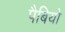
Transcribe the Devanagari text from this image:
पैबियो